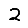
Digit: 2